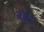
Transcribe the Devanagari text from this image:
पेँशन